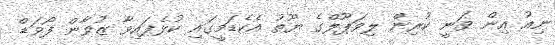
ނިއު އިން ވަނީ ކުރިން ލިވަޕޫލްގެ ޔޫތު އެކެޑަމީގައި ކުޅެފައިވާ ޒުވާން ފޯވަޑް